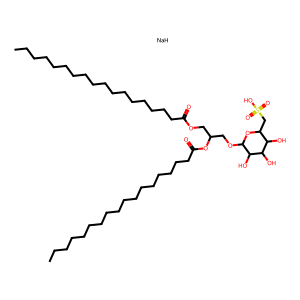
SMILES: CCCCCCCCCCCCCCCCCC(=O)OCC(COC1OC(CS(=O)(=O)O)C(O)C(O)C1O)OC(=O)CCCCCCCCCCCCCCCCC.[NaH]
Inhibits HIV replication: No